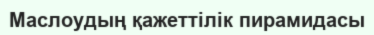
Маслоудың қажеттілік пирамидасы